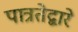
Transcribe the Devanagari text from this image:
पात्रतेद्वारे